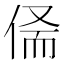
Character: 𠉺